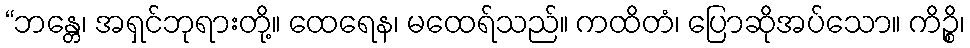
“ဘန္တေ၊ အရှင်ဘုရားတို့။ ထေရေန၊ မထေရ်သည်။ ကထိတံ၊ ပြောဆိုအပ်သော။ ကိဉ္စိ၊